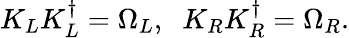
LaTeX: K_{L}K_{L}^{\dagger}=\Omega_{L},\; \; K_{R}K_{R}^{\dagger}=\Omega_{R}.